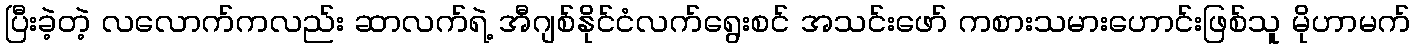
ပြီးခဲ့တဲ့ လလောက်ကလည်း ဆာလက်ရဲ့ အီဂျစ်နိုင်ငံလက်ရွေးစင် အသင်းဖော် ကစားသမားဟောင်းဖြစ်သူ မိုဟာမက်